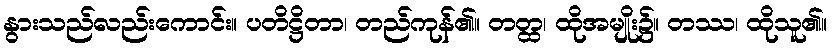
နွားသည်လည်းကောင်း။ ပတိဋ္ဌိတာ၊ တည်ကုန်၏။ တတ္ထ၊ ထိုအမျိုး၌။ တဿ၊ ထိုသူ၏။